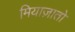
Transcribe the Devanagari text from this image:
मियाज़ातो